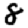
Digit: 8